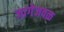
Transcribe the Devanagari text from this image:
जागेजवळ